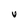
Character: v